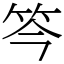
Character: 笒